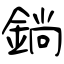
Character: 鋿